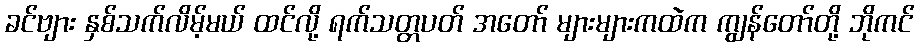
ခင်ဗျား နှစ်သက်လိမ့်မယ် ထင်လို့ ရက်သတ္တပတ် အတော် များများကထဲက ကျွန်တော်တို့ ဘိုကင်